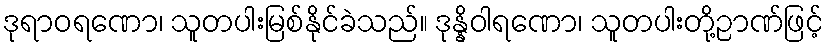
ဒုရာဝရဏော၊ သူတပါးမြစ်နိုင်ခဲသည်။ ဒုန္နိဝါရဏော၊ သူတပါးတို့ဉာဏ်ဖြင့်